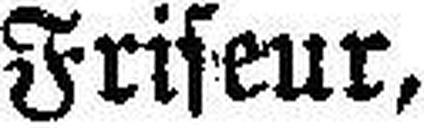
Friseur,